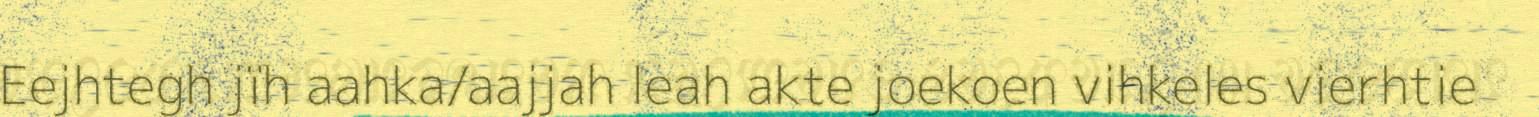
Eejhtegh jïh aahka/aajjah leah akte joekoen vihkeles vierhtie